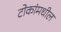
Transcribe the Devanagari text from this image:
टोकांमधील